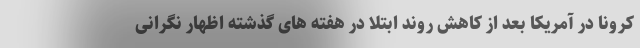
کرونا در آمریکا بعد از کاهش روند ابتلا در هفته های گذشته اظهار نگرانی